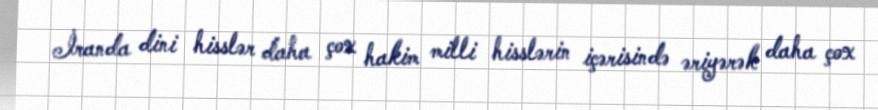
İranda dini hisslər daha çox hakim milli hisslərin içərisində əriyərək daha çox